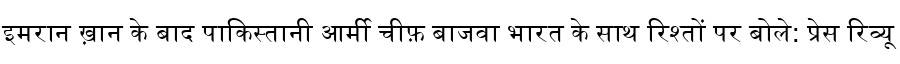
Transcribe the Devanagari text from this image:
इमरान ख़ान के बाद पाकिस्तानी आर्मी चीफ़ बाजवा भारत के साथ रिश्तों पर बोले: प्रेस रिव्यू